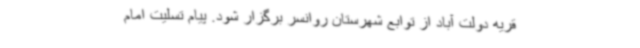
قریه دولت آباد از توابع شهرستان روانسر برگزار شود. پیام تسلیت امام